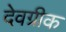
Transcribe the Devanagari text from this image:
देवग्रीक